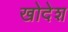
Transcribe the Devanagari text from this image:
खोदेश